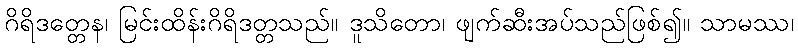
ဂိရိဒတ္တေန၊ မြင်းထိန်းဂိရိဒတ္တသည်။ ဒူသိတော၊ ဖျက်ဆီးအပ်သည်ဖြစ်၍။ သာမဿ၊